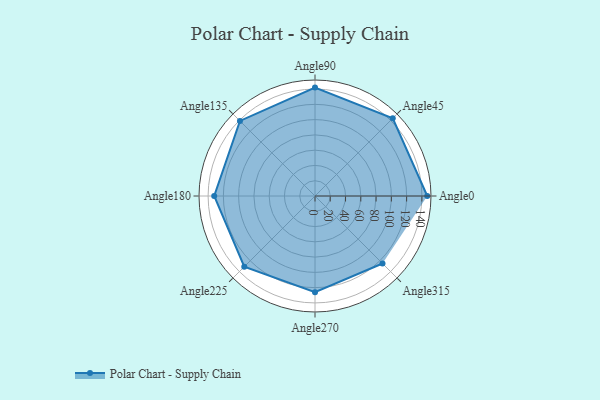
{"axis": {"x": "Angle", "y": "Radius"}, "legend": [""], "data": [{"x": "Angle0", "y": 147.0, "type": ""}, {"x": "Angle45", "y": 144.0, "type": ""}, {"x": "Angle90", "y": 142.0, "type": ""}, {"x": "Angle135", "y": 139.0, "type": ""}, {"x": "Angle180", "y": 132.0, "type": ""}, {"x": "Angle225", "y": 131.0, "type": ""}, {"x": "Angle270", "y": 126.0, "type": ""}, {"x": "Angle315", "y": 125.0, "type": ""}]}